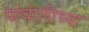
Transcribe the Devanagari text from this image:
पांचोलीच्या